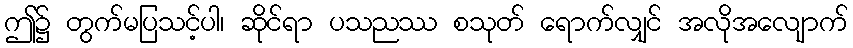
ဤ၌ တွက်မပြသင့်ပါ၊ ဆိုင်ရာ ပသညဿ စသုတ် ရောက်လျှင် အလိုအလျောက်